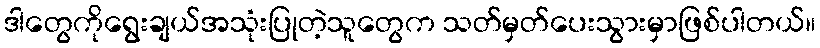
ဒါတွေကိုရွေးချယ်အသုံးပြုတဲ့သူတွေက သတ်မှတ်ပေးသွားမှာဖြစ်ပါတယ်။